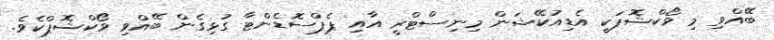
ބޭއްވި މި ވޯކްޝޮޕަކީ އެޑިއުކޭޝަން މިނިސްޓްރީ އާއި ޕެޕްސޮޑެންޓާ ގުޅިގެން ބޭއްވި ވޯކްޝޮޕްކެވެ.